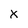
Character: X